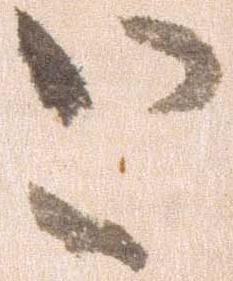
と